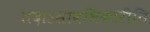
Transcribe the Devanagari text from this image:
तदाऽसावधिकारीति